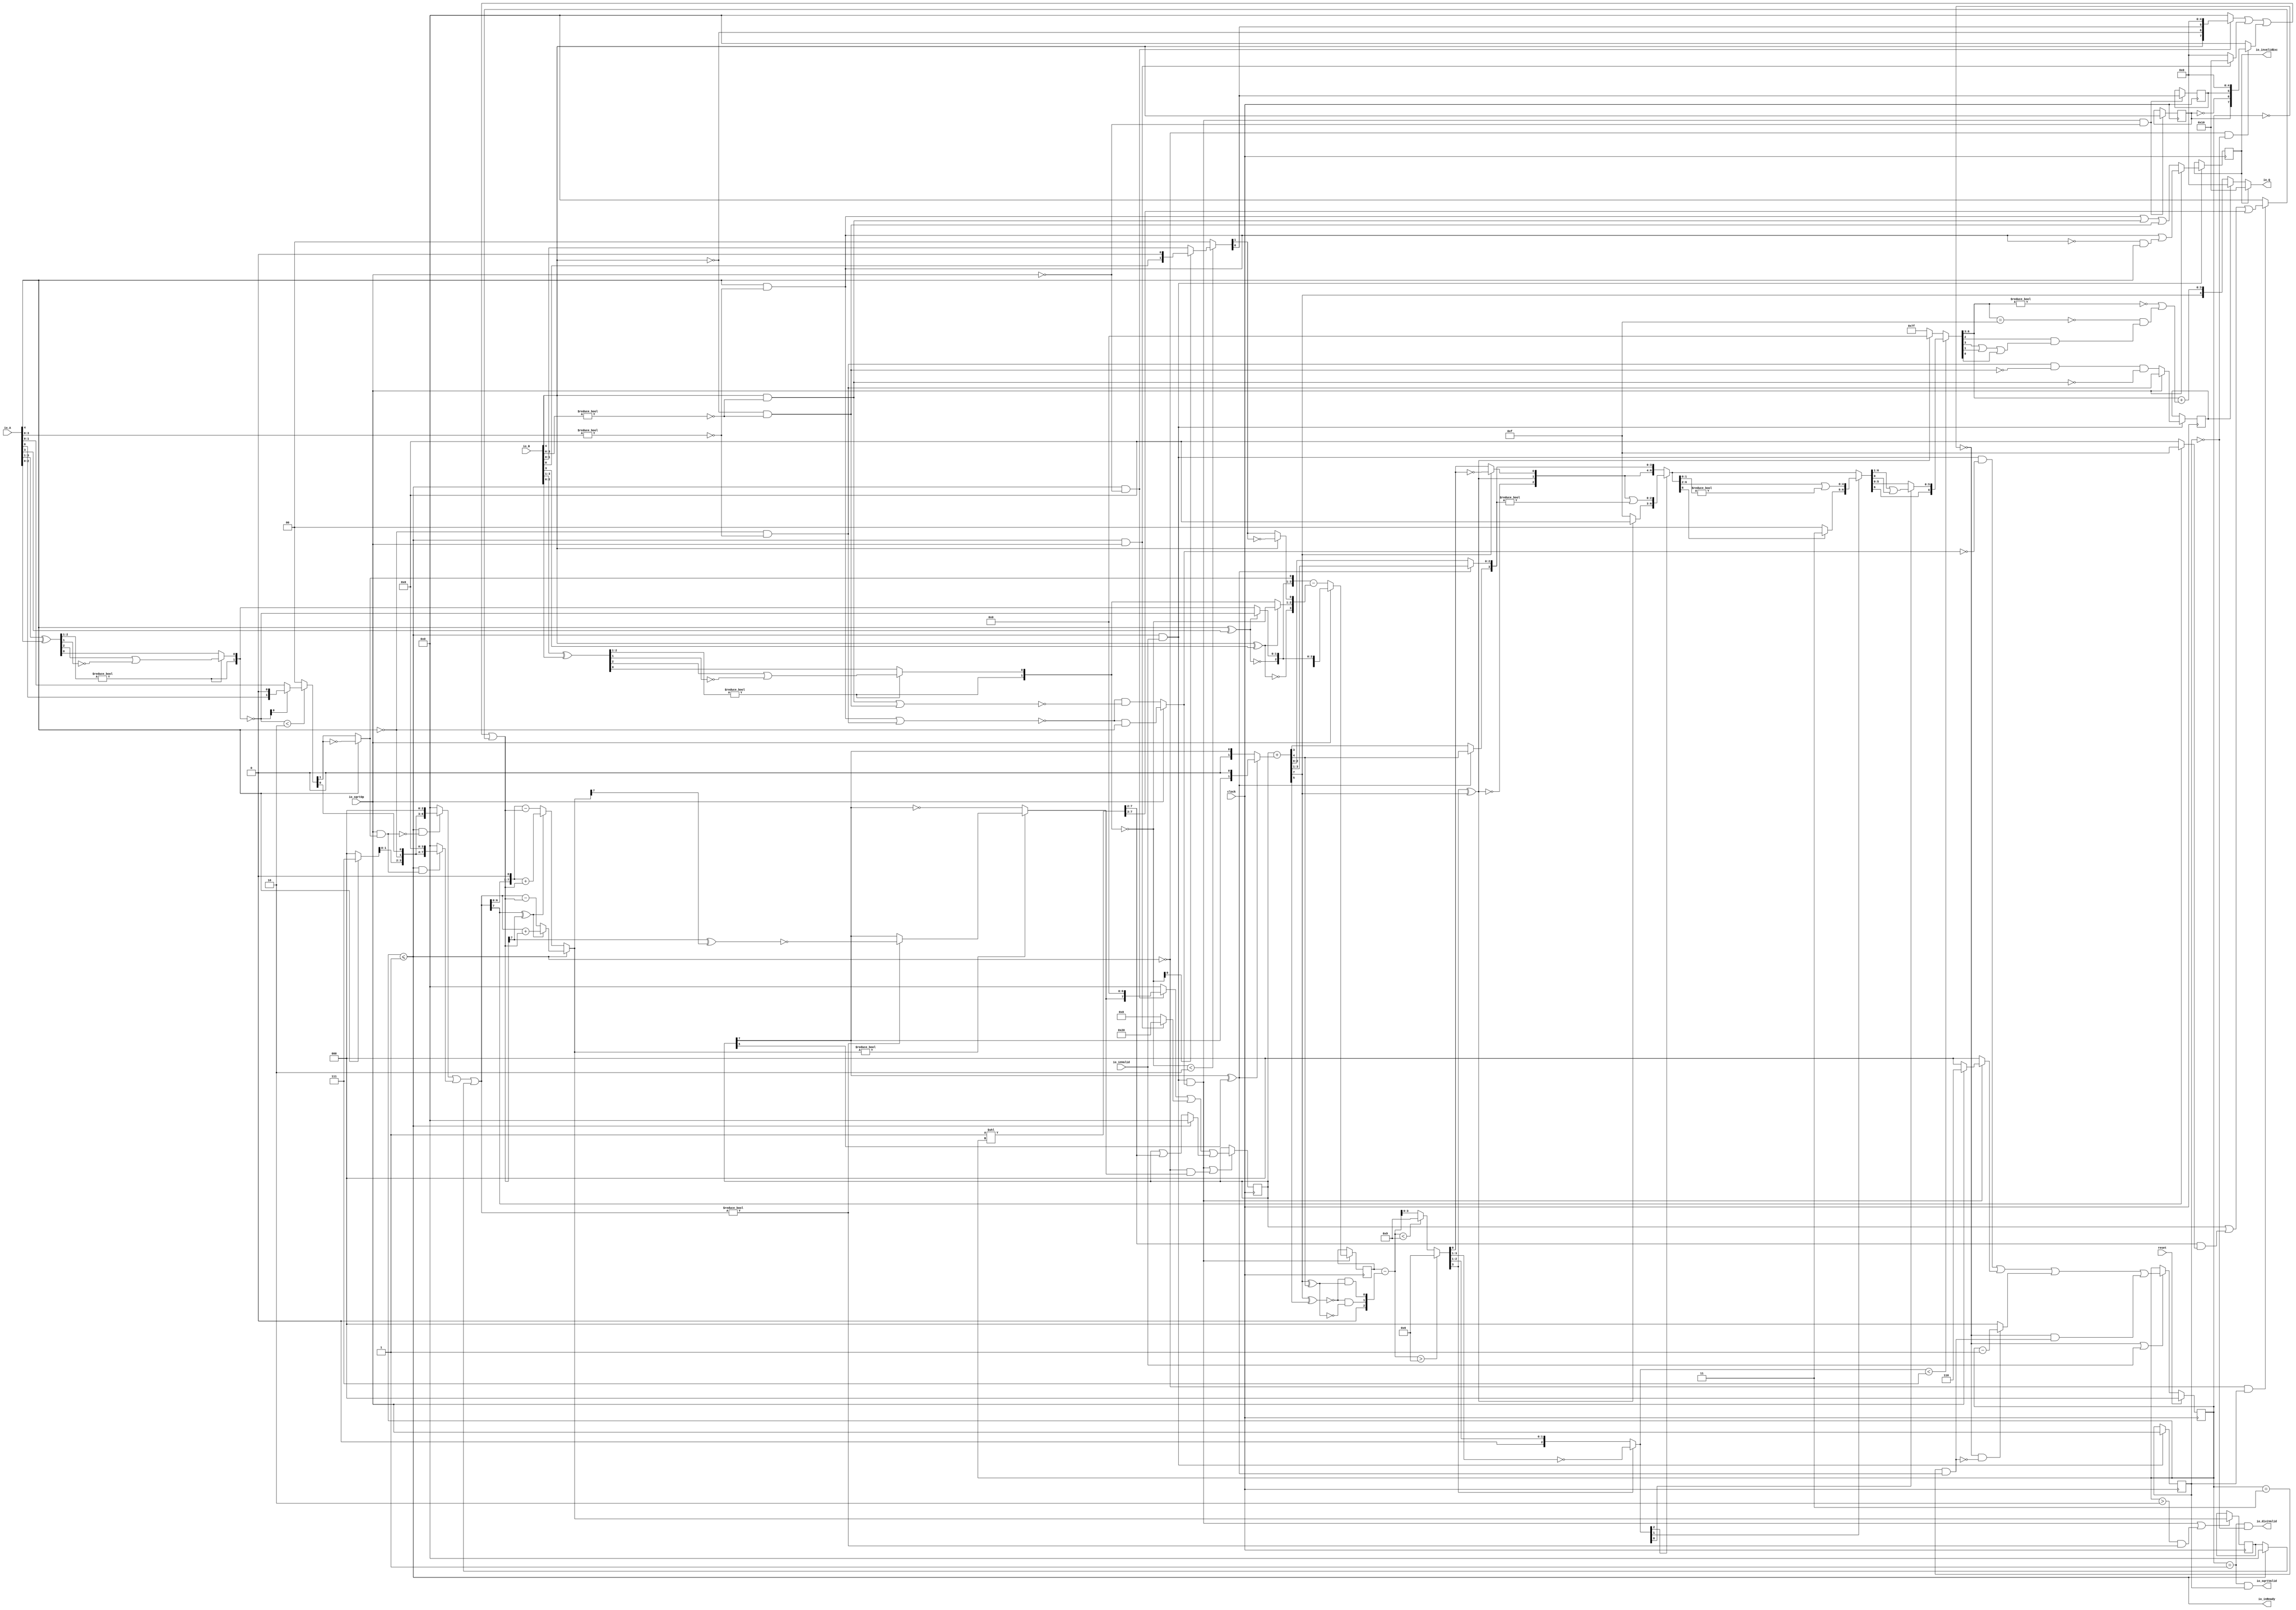
module PositDivSqrter5_1(
  input        clock,
  input        reset,
  output       io_inReady,
  input        io_inValid,
  input        io_sqrtOp,
  input  [4:0] io_A,
  input  [4:0] io_B,
  output       io_diviValid,
  output       io_sqrtValid,
  output       io_invalidExc,
  output [4:0] io_Q
);
  reg [2:0] cycleNum; // @[PositDivisionSqrt.scala 63:26]
  reg [31:0] _RAND_0;
  reg  sqrtOp_Z; // @[PositDivisionSqrt.scala 65:22]
  reg [31:0] _RAND_1;
  reg  isNaR_Z; // @[PositDivisionSqrt.scala 66:22]
  reg [31:0] _RAND_2;
  reg  isZero_Z; // @[PositDivisionSqrt.scala 67:22]
  reg [31:0] _RAND_3;
  reg [4:0] scale_Z; // @[PositDivisionSqrt.scala 68:22]
  reg [31:0] _RAND_4;
  reg  signB_Z; // @[PositDivisionSqrt.scala 69:28]
  reg [31:0] _RAND_5;
  reg  fractB_Z; // @[PositDivisionSqrt.scala 70:22]
  reg [31:0] _RAND_6;
  reg [7:0] rem_Z; // @[PositDivisionSqrt.scala 71:22]
  reg [31:0] _RAND_7;
  reg [7:0] sigX_Z; // @[PositDivisionSqrt.scala 72:22]
  reg [31:0] _RAND_8;
  wire  _T_1; // @[convert.scala 18:24]
  wire  _T_2; // @[convert.scala 18:40]
  wire  _T_3; // @[convert.scala 18:36]
  wire [2:0] _T_4; // @[convert.scala 19:24]
  wire [2:0] _T_5; // @[convert.scala 19:43]
  wire [2:0] _T_6; // @[convert.scala 19:39]
  wire [1:0] _T_7; // @[LZD.scala 43:32]
  wire  _T_8; // @[LZD.scala 39:14]
  wire  _T_9; // @[LZD.scala 39:21]
  wire  _T_10; // @[LZD.scala 39:30]
  wire  _T_11; // @[LZD.scala 39:27]
  wire  _T_12; // @[LZD.scala 39:25]
  wire [1:0] _T_13; // @[Cat.scala 29:58]
  wire  _T_14; // @[LZD.scala 44:32]
  wire  _T_16; // @[Shift.scala 12:21]
  wire  _T_18; // @[LZD.scala 55:32]
  wire  _T_19; // @[LZD.scala 55:20]
  wire [1:0] _T_20; // @[Cat.scala 29:58]
  wire [1:0] _T_21; // @[convert.scala 21:22]
  wire [1:0] _T_22; // @[convert.scala 22:36]
  wire  _T_23; // @[Shift.scala 16:24]
  wire  _T_24; // @[Shift.scala 17:37]
  wire  _T_26; // @[Shift.scala 64:52]
  wire [1:0] _T_27; // @[Cat.scala 29:58]
  wire [1:0] _T_28; // @[Shift.scala 64:27]
  wire [1:0] _T_29; // @[Shift.scala 16:10]
  wire  _T_30; // @[convert.scala 23:34]
  wire  decA_fraction; // @[convert.scala 24:34]
  wire  _T_32; // @[convert.scala 25:26]
  wire [1:0] _T_34; // @[convert.scala 25:42]
  wire  _T_37; // @[convert.scala 26:67]
  wire  _T_38; // @[convert.scala 26:51]
  wire [3:0] _T_39; // @[Cat.scala 29:58]
  wire [3:0] _T_41; // @[convert.scala 29:56]
  wire  _T_42; // @[convert.scala 29:60]
  wire  _T_43; // @[convert.scala 29:41]
  wire  decA_isNaR; // @[convert.scala 29:39]
  wire  _T_46; // @[convert.scala 30:19]
  wire  decA_isZero; // @[convert.scala 30:41]
  wire [3:0] decA_scale; // @[convert.scala 32:24]
  wire  _T_55; // @[convert.scala 18:24]
  wire  _T_56; // @[convert.scala 18:40]
  wire  _T_57; // @[convert.scala 18:36]
  wire [2:0] _T_58; // @[convert.scala 19:24]
  wire [2:0] _T_59; // @[convert.scala 19:43]
  wire [2:0] _T_60; // @[convert.scala 19:39]
  wire [1:0] _T_61; // @[LZD.scala 43:32]
  wire  _T_62; // @[LZD.scala 39:14]
  wire  _T_63; // @[LZD.scala 39:21]
  wire  _T_64; // @[LZD.scala 39:30]
  wire  _T_65; // @[LZD.scala 39:27]
  wire  _T_66; // @[LZD.scala 39:25]
  wire [1:0] _T_67; // @[Cat.scala 29:58]
  wire  _T_68; // @[LZD.scala 44:32]
  wire  _T_70; // @[Shift.scala 12:21]
  wire  _T_72; // @[LZD.scala 55:32]
  wire  _T_73; // @[LZD.scala 55:20]
  wire [1:0] _T_74; // @[Cat.scala 29:58]
  wire [1:0] _T_75; // @[convert.scala 21:22]
  wire [1:0] _T_76; // @[convert.scala 22:36]
  wire  _T_77; // @[Shift.scala 16:24]
  wire  _T_78; // @[Shift.scala 17:37]
  wire  _T_80; // @[Shift.scala 64:52]
  wire [1:0] _T_81; // @[Cat.scala 29:58]
  wire [1:0] _T_82; // @[Shift.scala 64:27]
  wire [1:0] _T_83; // @[Shift.scala 16:10]
  wire  _T_84; // @[convert.scala 23:34]
  wire  decB_fraction; // @[convert.scala 24:34]
  wire  _T_86; // @[convert.scala 25:26]
  wire [1:0] _T_88; // @[convert.scala 25:42]
  wire  _T_91; // @[convert.scala 26:67]
  wire  _T_92; // @[convert.scala 26:51]
  wire [3:0] _T_93; // @[Cat.scala 29:58]
  wire [3:0] _T_95; // @[convert.scala 29:56]
  wire  _T_96; // @[convert.scala 29:60]
  wire  _T_97; // @[convert.scala 29:41]
  wire  decB_isNaR; // @[convert.scala 29:39]
  wire  _T_100; // @[convert.scala 30:19]
  wire  decB_isZero; // @[convert.scala 30:41]
  wire [3:0] decB_scale; // @[convert.scala 32:24]
  wire [2:0] _T_109; // @[Bitwise.scala 71:12]
  wire  _T_110; // @[PositDivisionSqrt.scala 80:40]
  wire [7:0] sigA_S; // @[Cat.scala 29:58]
  wire  _T_113; // @[PositDivisionSqrt.scala 82:31]
  wire [7:0] sigB_S; // @[Cat.scala 29:58]
  wire  _T_116; // @[PositDivisionSqrt.scala 85:25]
  wire  invalidSqrt; // @[PositDivisionSqrt.scala 85:37]
  wire  _T_117; // @[PositDivisionSqrt.scala 88:42]
  wire  _T_118; // @[PositDivisionSqrt.scala 89:42]
  wire  _T_119; // @[PositDivisionSqrt.scala 89:56]
  wire  _T_120; // @[PositDivisionSqrt.scala 94:46]
  wire  _T_121; // @[PositDivisionSqrt.scala 94:43]
  wire  _T_122; // @[PositDivisionSqrt.scala 94:62]
  wire  _T_123; // @[PositDivisionSqrt.scala 94:59]
  wire  specialCaseA_S; // @[PositDivisionSqrt.scala 97:38]
  wire  specialCaseB_S; // @[PositDivisionSqrt.scala 98:38]
  wire  _T_124; // @[PositDivisionSqrt.scala 99:27]
  wire  _T_125; // @[PositDivisionSqrt.scala 99:46]
  wire  normalCase_S_div; // @[PositDivisionSqrt.scala 99:43]
  wire  normalCase_S_sqrt; // @[PositDivisionSqrt.scala 100:43]
  wire  normalCase_S; // @[PositDivisionSqrt.scala 101:30]
  wire [4:0] sExpQuot_S_div; // @[PositDivisionSqrt.scala 103:38]
  wire  _T_128; // @[PositDivisionSqrt.scala 104:50]
  wire  oddSqrt_S; // @[PositDivisionSqrt.scala 104:37]
  wire  idle; // @[PositDivisionSqrt.scala 109:39]
  wire  ready; // @[PositDivisionSqrt.scala 110:39]
  wire  entering; // @[PositDivisionSqrt.scala 111:35]
  wire  entering_normalCase; // @[PositDivisionSqrt.scala 112:38]
  wire  _T_129; // @[PositDivisionSqrt.scala 113:35]
  wire  _T_130; // @[PositDivisionSqrt.scala 113:58]
  wire  scaleNotChange; // @[PositDivisionSqrt.scala 113:50]
  wire  _T_131; // @[PositDivisionSqrt.scala 114:39]
  wire  skipCycle2; // @[PositDivisionSqrt.scala 114:48]
  wire  _T_132; // @[PositDivisionSqrt.scala 116:8]
  wire  _T_133; // @[PositDivisionSqrt.scala 116:14]
  wire  _T_134; // @[PositDivisionSqrt.scala 117:32]
  wire  _T_135; // @[PositDivisionSqrt.scala 117:30]
  wire [3:0] _T_137; // @[PositDivisionSqrt.scala 119:26]
  wire [3:0] _T_138; // @[PositDivisionSqrt.scala 118:20]
  wire [3:0] _GEN_9; // @[PositDivisionSqrt.scala 117:64]
  wire [3:0] _T_139; // @[PositDivisionSqrt.scala 117:64]
  wire  _T_141; // @[PositDivisionSqrt.scala 123:30]
  wire  _T_142; // @[PositDivisionSqrt.scala 123:27]
  wire [2:0] _T_144; // @[PositDivisionSqrt.scala 123:52]
  wire [2:0] _T_145; // @[PositDivisionSqrt.scala 123:20]
  wire [3:0] _GEN_10; // @[PositDivisionSqrt.scala 122:64]
  wire [3:0] _T_146; // @[PositDivisionSqrt.scala 122:64]
  wire  _T_148; // @[PositDivisionSqrt.scala 124:27]
  wire [3:0] _GEN_11; // @[PositDivisionSqrt.scala 123:64]
  wire [3:0] _T_150; // @[PositDivisionSqrt.scala 123:64]
  wire [3:0] _GEN_0; // @[PositDivisionSqrt.scala 116:29]
  wire [2:0] _T_151; // @[PositDivisionSqrt.scala 134:42]
  wire  _T_153; // @[PositDivisionSqrt.scala 137:31]
  wire  _T_154; // @[PositDivisionSqrt.scala 137:28]
  wire [7:0] _T_155; // @[PositDivisionSqrt.scala 146:22]
  wire [5:0] _T_156; // @[PositDivisionSqrt.scala 146:35]
  wire  _T_157; // @[PositDivisionSqrt.scala 148:26]
  wire  _T_158; // @[PositDivisionSqrt.scala 148:23]
  wire [7:0] _T_159; // @[PositDivisionSqrt.scala 148:16]
  wire  _T_160; // @[PositDivisionSqrt.scala 149:23]
  wire [8:0] _T_161; // @[PositDivisionSqrt.scala 149:46]
  wire [7:0] _T_162; // @[PositDivisionSqrt.scala 149:56]
  wire [7:0] _T_163; // @[PositDivisionSqrt.scala 149:16]
  wire [7:0] _T_164; // @[PositDivisionSqrt.scala 148:66]
  wire  _T_165; // @[PositDivisionSqrt.scala 150:17]
  wire [7:0] _T_166; // @[PositDivisionSqrt.scala 150:16]
  wire [7:0] rem; // @[PositDivisionSqrt.scala 149:66]
  wire  _T_168; // @[PositDivisionSqrt.scala 152:29]
  wire [7:0] _T_169; // @[PositDivisionSqrt.scala 152:22]
  wire  _T_170; // @[PositDivisionSqrt.scala 153:29]
  wire [4:0] _T_171; // @[PositDivisionSqrt.scala 153:22]
  wire [7:0] _GEN_12; // @[PositDivisionSqrt.scala 152:93]
  wire [7:0] _T_172; // @[PositDivisionSqrt.scala 152:93]
  wire  _T_174; // @[PositDivisionSqrt.scala 154:33]
  wire  _T_175; // @[PositDivisionSqrt.scala 154:30]
  wire  _T_176; // @[PositDivisionSqrt.scala 154:57]
  wire [7:0] _T_179; // @[Cat.scala 29:58]
  wire [7:0] _T_180; // @[PositDivisionSqrt.scala 154:22]
  wire [7:0] _T_181; // @[PositDivisionSqrt.scala 153:93]
  wire  _T_183; // @[PositDivisionSqrt.scala 155:30]
  wire  _T_184; // @[PositDivisionSqrt.scala 156:83]
  wire [3:0] _T_186; // @[Bitwise.scala 71:12]
  wire [6:0] bitMask; // @[PositDivisionSqrt.scala 145:21 PositDivisionSqrt.scala 146:14]
  wire [6:0] _GEN_13; // @[PositDivisionSqrt.scala 156:53]
  wire [6:0] _T_187; // @[PositDivisionSqrt.scala 156:53]
  wire [7:0] _GEN_14; // @[PositDivisionSqrt.scala 155:51]
  wire [7:0] _T_188; // @[PositDivisionSqrt.scala 155:51]
  wire [5:0] _T_189; // @[PositDivisionSqrt.scala 157:53]
  wire [7:0] _GEN_15; // @[PositDivisionSqrt.scala 156:89]
  wire [7:0] _T_190; // @[PositDivisionSqrt.scala 156:89]
  wire [7:0] _T_191; // @[PositDivisionSqrt.scala 155:22]
  wire [7:0] trialTerm; // @[PositDivisionSqrt.scala 154:93]
  wire  _T_193; // @[PositDivisionSqrt.scala 162:56]
  wire  _T_194; // @[PositDivisionSqrt.scala 162:40]
  wire [7:0] _T_197; // @[PositDivisionSqrt.scala 163:97]
  wire [7:0] _T_199; // @[PositDivisionSqrt.scala 164:97]
  wire [7:0] _T_200; // @[PositDivisionSqrt.scala 161:92]
  wire [8:0] _T_205; // @[PositDivisionSqrt.scala 168:98]
  wire [7:0] _T_206; // @[PositDivisionSqrt.scala 168:108]
  wire [7:0] _T_208; // @[PositDivisionSqrt.scala 168:112]
  wire [7:0] _T_212; // @[PositDivisionSqrt.scala 169:112]
  wire [7:0] _T_213; // @[PositDivisionSqrt.scala 166:26]
  wire [7:0] trialRem; // @[PositDivisionSqrt.scala 159:27]
  wire  _T_214; // @[PositDivisionSqrt.scala 173:35]
  wire  trIsZero; // @[PositDivisionSqrt.scala 173:25]
  wire  _T_215; // @[PositDivisionSqrt.scala 174:30]
  wire  remIsZero; // @[PositDivisionSqrt.scala 174:25]
  wire  _T_217; // @[PositDivisionSqrt.scala 176:64]
  wire  _T_218; // @[PositDivisionSqrt.scala 176:49]
  wire  _T_219; // @[PositDivisionSqrt.scala 176:29]
  wire  _T_220; // @[PositDivisionSqrt.scala 178:61]
  wire  _T_221; // @[PositDivisionSqrt.scala 178:49]
  wire  _T_223; // @[Mux.scala 87:16]
  wire  newBit; // @[Mux.scala 87:16]
  wire  _T_224; // @[PositDivisionSqrt.scala 183:41]
  wire  _T_225; // @[PositDivisionSqrt.scala 183:51]
  wire  _T_226; // @[PositDivisionSqrt.scala 183:48]
  wire  _T_227; // @[PositDivisionSqrt.scala 183:28]
  wire  _T_230; // @[PositDivisionSqrt.scala 187:39]
  wire  _T_231; // @[PositDivisionSqrt.scala 187:28]
  wire [7:0] _T_234; // @[PositDivisionSqrt.scala 188:47]
  wire [7:0] _T_235; // @[PositDivisionSqrt.scala 188:18]
  wire [5:0] _T_237; // @[PositDivisionSqrt.scala 189:18]
  wire [7:0] _GEN_16; // @[PositDivisionSqrt.scala 188:78]
  wire [7:0] _T_238; // @[PositDivisionSqrt.scala 188:78]
  wire [7:0] _GEN_17; // @[PositDivisionSqrt.scala 190:47]
  wire [7:0] _T_240; // @[PositDivisionSqrt.scala 190:47]
  wire [7:0] _T_241; // @[PositDivisionSqrt.scala 190:18]
  wire [7:0] _T_242; // @[PositDivisionSqrt.scala 189:78]
  wire [1:0] _T_244; // @[PositDivisionSqrt.scala 196:53]
  wire [1:0] sigXBias; // @[PositDivisionSqrt.scala 196:21]
  wire [7:0] _GEN_18; // @[PositDivisionSqrt.scala 197:25]
  wire [7:0] realSigX; // @[PositDivisionSqrt.scala 197:25]
  wire  _T_247; // @[PositDivisionSqrt.scala 200:97]
  wire  _T_248; // @[PositDivisionSqrt.scala 201:97]
  wire  realFrac; // @[PositDivisionSqrt.scala 198:21]
  wire  _T_249; // @[PositDivisionSqrt.scala 205:33]
  wire  _T_250; // @[PositDivisionSqrt.scala 205:58]
  wire  _T_251; // @[PositDivisionSqrt.scala 205:48]
  wire  scaleNeedSub; // @[PositDivisionSqrt.scala 205:23]
  wire  notNeedSubTwo; // @[PositDivisionSqrt.scala 206:46]
  wire  scaleSubOne; // @[PositDivisionSqrt.scala 207:36]
  wire  _T_254; // @[PositDivisionSqrt.scala 208:38]
  wire  scaleSubTwo; // @[PositDivisionSqrt.scala 208:36]
  wire [1:0] _T_255; // @[Cat.scala 29:58]
  wire [2:0] _T_256; // @[PositDivisionSqrt.scala 209:63]
  wire [4:0] _GEN_19; // @[PositDivisionSqrt.scala 209:31]
  wire [4:0] _T_258; // @[PositDivisionSqrt.scala 209:31]
  wire [4:0] realExp; // @[PositDivisionSqrt.scala 209:31]
  wire  underflow; // @[PositDivisionSqrt.scala 210:31]
  wire  overflow; // @[PositDivisionSqrt.scala 211:31]
  wire  decQ_sign; // @[PositDivisionSqrt.scala 215:33]
  wire [4:0] _T_260; // @[Mux.scala 87:16]
  wire [4:0] _T_261; // @[Mux.scala 87:16]
  wire [2:0] _T_262; // @[PositDivisionSqrt.scala 224:48]
  wire [2:0] _T_263; // @[PositDivisionSqrt.scala 224:64]
  wire [2:0] decQ_grs; // @[PositDivisionSqrt.scala 224:23]
  wire  outValid; // @[PositDivisionSqrt.scala 229:28]
  wire [3:0] _GEN_20; // @[PositDivisionSqrt.scala 204:27 PositDivisionSqrt.scala 216:23]
  wire [3:0] decQ_scale; // @[PositDivisionSqrt.scala 204:27 PositDivisionSqrt.scala 216:23]
  wire  _T_269; // @[convert.scala 46:61]
  wire  _T_270; // @[convert.scala 46:52]
  wire  _T_272; // @[convert.scala 46:42]
  wire [2:0] _T_273; // @[convert.scala 48:34]
  wire  _T_274; // @[convert.scala 49:36]
  wire [2:0] _T_276; // @[convert.scala 50:36]
  wire [2:0] _T_277; // @[convert.scala 50:36]
  wire [2:0] _T_278; // @[convert.scala 50:28]
  wire  _T_279; // @[convert.scala 51:31]
  wire  _T_280; // @[convert.scala 52:43]
  wire [6:0] _T_284; // @[Cat.scala 29:58]
  wire [2:0] _T_285; // @[Shift.scala 39:17]
  wire  _T_286; // @[Shift.scala 39:24]
  wire [2:0] _T_288; // @[Shift.scala 90:30]
  wire [3:0] _T_289; // @[Shift.scala 90:48]
  wire  _T_290; // @[Shift.scala 90:57]
  wire [2:0] _GEN_21; // @[Shift.scala 90:39]
  wire [2:0] _T_291; // @[Shift.scala 90:39]
  wire  _T_292; // @[Shift.scala 12:21]
  wire  _T_293; // @[Shift.scala 12:21]
  wire [3:0] _T_295; // @[Bitwise.scala 71:12]
  wire [6:0] _T_296; // @[Cat.scala 29:58]
  wire [6:0] _T_297; // @[Shift.scala 91:22]
  wire [1:0] _T_298; // @[Shift.scala 92:77]
  wire [4:0] _T_299; // @[Shift.scala 90:30]
  wire [1:0] _T_300; // @[Shift.scala 90:48]
  wire  _T_301; // @[Shift.scala 90:57]
  wire [4:0] _GEN_22; // @[Shift.scala 90:39]
  wire [4:0] _T_302; // @[Shift.scala 90:39]
  wire  _T_303; // @[Shift.scala 12:21]
  wire  _T_304; // @[Shift.scala 12:21]
  wire [1:0] _T_306; // @[Bitwise.scala 71:12]
  wire [6:0] _T_307; // @[Cat.scala 29:58]
  wire [6:0] _T_308; // @[Shift.scala 91:22]
  wire  _T_309; // @[Shift.scala 92:77]
  wire [5:0] _T_310; // @[Shift.scala 90:30]
  wire  _T_311; // @[Shift.scala 90:48]
  wire [5:0] _GEN_23; // @[Shift.scala 90:39]
  wire [5:0] _T_313; // @[Shift.scala 90:39]
  wire  _T_315; // @[Shift.scala 12:21]
  wire [6:0] _T_316; // @[Cat.scala 29:58]
  wire [6:0] _T_317; // @[Shift.scala 91:22]
  wire [6:0] _T_320; // @[Bitwise.scala 71:12]
  wire [6:0] _T_321; // @[Shift.scala 39:10]
  wire  _T_322; // @[convert.scala 55:31]
  wire  _T_323; // @[convert.scala 56:31]
  wire  _T_324; // @[convert.scala 57:31]
  wire  _T_325; // @[convert.scala 58:31]
  wire [3:0] _T_326; // @[convert.scala 59:69]
  wire  _T_327; // @[convert.scala 59:81]
  wire  _T_328; // @[convert.scala 59:50]
  wire  _T_330; // @[convert.scala 60:81]
  wire  _T_331; // @[convert.scala 61:44]
  wire  _T_332; // @[convert.scala 61:52]
  wire  _T_333; // @[convert.scala 61:36]
  wire  _T_334; // @[convert.scala 62:63]
  wire  _T_335; // @[convert.scala 62:103]
  wire  _T_336; // @[convert.scala 62:60]
  wire [3:0] _GEN_24; // @[convert.scala 63:56]
  wire [3:0] _T_339; // @[convert.scala 63:56]
  wire [4:0] _T_340; // @[Cat.scala 29:58]
  wire [4:0] _T_342; // @[Mux.scala 87:16]
  assign _T_1 = io_A[4]; // @[convert.scala 18:24]
  assign _T_2 = io_A[3]; // @[convert.scala 18:40]
  assign _T_3 = _T_1 ^ _T_2; // @[convert.scala 18:36]
  assign _T_4 = io_A[3:1]; // @[convert.scala 19:24]
  assign _T_5 = io_A[2:0]; // @[convert.scala 19:43]
  assign _T_6 = _T_4 ^ _T_5; // @[convert.scala 19:39]
  assign _T_7 = _T_6[2:1]; // @[LZD.scala 43:32]
  assign _T_8 = _T_7 != 2'h0; // @[LZD.scala 39:14]
  assign _T_9 = _T_7[1]; // @[LZD.scala 39:21]
  assign _T_10 = _T_7[0]; // @[LZD.scala 39:30]
  assign _T_11 = ~ _T_10; // @[LZD.scala 39:27]
  assign _T_12 = _T_9 | _T_11; // @[LZD.scala 39:25]
  assign _T_13 = {_T_8,_T_12}; // @[Cat.scala 29:58]
  assign _T_14 = _T_6[0:0]; // @[LZD.scala 44:32]
  assign _T_16 = _T_13[1]; // @[Shift.scala 12:21]
  assign _T_18 = _T_13[0:0]; // @[LZD.scala 55:32]
  assign _T_19 = _T_16 ? _T_18 : _T_14; // @[LZD.scala 55:20]
  assign _T_20 = {_T_16,_T_19}; // @[Cat.scala 29:58]
  assign _T_21 = ~ _T_20; // @[convert.scala 21:22]
  assign _T_22 = io_A[1:0]; // @[convert.scala 22:36]
  assign _T_23 = _T_21 < 2'h2; // @[Shift.scala 16:24]
  assign _T_24 = _T_21[0]; // @[Shift.scala 17:37]
  assign _T_26 = _T_22[0:0]; // @[Shift.scala 64:52]
  assign _T_27 = {_T_26,1'h0}; // @[Cat.scala 29:58]
  assign _T_28 = _T_24 ? _T_27 : _T_22; // @[Shift.scala 64:27]
  assign _T_29 = _T_23 ? _T_28 : 2'h0; // @[Shift.scala 16:10]
  assign _T_30 = _T_29[1:1]; // @[convert.scala 23:34]
  assign decA_fraction = _T_29[0:0]; // @[convert.scala 24:34]
  assign _T_32 = _T_3 == 1'h0; // @[convert.scala 25:26]
  assign _T_34 = _T_3 ? _T_21 : _T_20; // @[convert.scala 25:42]
  assign _T_37 = ~ _T_30; // @[convert.scala 26:67]
  assign _T_38 = _T_1 ? _T_37 : _T_30; // @[convert.scala 26:51]
  assign _T_39 = {_T_32,_T_34,_T_38}; // @[Cat.scala 29:58]
  assign _T_41 = io_A[3:0]; // @[convert.scala 29:56]
  assign _T_42 = _T_41 != 4'h0; // @[convert.scala 29:60]
  assign _T_43 = ~ _T_42; // @[convert.scala 29:41]
  assign decA_isNaR = _T_1 & _T_43; // @[convert.scala 29:39]
  assign _T_46 = _T_1 == 1'h0; // @[convert.scala 30:19]
  assign decA_isZero = _T_46 & _T_43; // @[convert.scala 30:41]
  assign decA_scale = $signed(_T_39); // @[convert.scala 32:24]
  assign _T_55 = io_B[4]; // @[convert.scala 18:24]
  assign _T_56 = io_B[3]; // @[convert.scala 18:40]
  assign _T_57 = _T_55 ^ _T_56; // @[convert.scala 18:36]
  assign _T_58 = io_B[3:1]; // @[convert.scala 19:24]
  assign _T_59 = io_B[2:0]; // @[convert.scala 19:43]
  assign _T_60 = _T_58 ^ _T_59; // @[convert.scala 19:39]
  assign _T_61 = _T_60[2:1]; // @[LZD.scala 43:32]
  assign _T_62 = _T_61 != 2'h0; // @[LZD.scala 39:14]
  assign _T_63 = _T_61[1]; // @[LZD.scala 39:21]
  assign _T_64 = _T_61[0]; // @[LZD.scala 39:30]
  assign _T_65 = ~ _T_64; // @[LZD.scala 39:27]
  assign _T_66 = _T_63 | _T_65; // @[LZD.scala 39:25]
  assign _T_67 = {_T_62,_T_66}; // @[Cat.scala 29:58]
  assign _T_68 = _T_60[0:0]; // @[LZD.scala 44:32]
  assign _T_70 = _T_67[1]; // @[Shift.scala 12:21]
  assign _T_72 = _T_67[0:0]; // @[LZD.scala 55:32]
  assign _T_73 = _T_70 ? _T_72 : _T_68; // @[LZD.scala 55:20]
  assign _T_74 = {_T_70,_T_73}; // @[Cat.scala 29:58]
  assign _T_75 = ~ _T_74; // @[convert.scala 21:22]
  assign _T_76 = io_B[1:0]; // @[convert.scala 22:36]
  assign _T_77 = _T_75 < 2'h2; // @[Shift.scala 16:24]
  assign _T_78 = _T_75[0]; // @[Shift.scala 17:37]
  assign _T_80 = _T_76[0:0]; // @[Shift.scala 64:52]
  assign _T_81 = {_T_80,1'h0}; // @[Cat.scala 29:58]
  assign _T_82 = _T_78 ? _T_81 : _T_76; // @[Shift.scala 64:27]
  assign _T_83 = _T_77 ? _T_82 : 2'h0; // @[Shift.scala 16:10]
  assign _T_84 = _T_83[1:1]; // @[convert.scala 23:34]
  assign decB_fraction = _T_83[0:0]; // @[convert.scala 24:34]
  assign _T_86 = _T_57 == 1'h0; // @[convert.scala 25:26]
  assign _T_88 = _T_57 ? _T_75 : _T_74; // @[convert.scala 25:42]
  assign _T_91 = ~ _T_84; // @[convert.scala 26:67]
  assign _T_92 = _T_55 ? _T_91 : _T_84; // @[convert.scala 26:51]
  assign _T_93 = {_T_86,_T_88,_T_92}; // @[Cat.scala 29:58]
  assign _T_95 = io_B[3:0]; // @[convert.scala 29:56]
  assign _T_96 = _T_95 != 4'h0; // @[convert.scala 29:60]
  assign _T_97 = ~ _T_96; // @[convert.scala 29:41]
  assign decB_isNaR = _T_55 & _T_97; // @[convert.scala 29:39]
  assign _T_100 = _T_55 == 1'h0; // @[convert.scala 30:19]
  assign decB_isZero = _T_100 & _T_97; // @[convert.scala 30:41]
  assign decB_scale = $signed(_T_93); // @[convert.scala 32:24]
  assign _T_109 = _T_1 ? 3'h7 : 3'h0; // @[Bitwise.scala 71:12]
  assign _T_110 = ~ _T_1; // @[PositDivisionSqrt.scala 80:40]
  assign sigA_S = {_T_109,_T_110,decA_fraction,3'h0}; // @[Cat.scala 29:58]
  assign _T_113 = ~ _T_55; // @[PositDivisionSqrt.scala 82:31]
  assign sigB_S = {_T_55,_T_113,decB_fraction,5'h0}; // @[Cat.scala 29:58]
  assign _T_116 = decA_isNaR == 1'h0; // @[PositDivisionSqrt.scala 85:25]
  assign invalidSqrt = _T_116 & _T_1; // @[PositDivisionSqrt.scala 85:37]
  assign _T_117 = decA_isNaR | invalidSqrt; // @[PositDivisionSqrt.scala 88:42]
  assign _T_118 = decA_isNaR | decB_isNaR; // @[PositDivisionSqrt.scala 89:42]
  assign _T_119 = _T_118 | decB_isZero; // @[PositDivisionSqrt.scala 89:56]
  assign _T_120 = decB_isZero == 1'h0; // @[PositDivisionSqrt.scala 94:46]
  assign _T_121 = decA_isZero & _T_120; // @[PositDivisionSqrt.scala 94:43]
  assign _T_122 = decB_isNaR == 1'h0; // @[PositDivisionSqrt.scala 94:62]
  assign _T_123 = _T_121 & _T_122; // @[PositDivisionSqrt.scala 94:59]
  assign specialCaseA_S = decA_isNaR | decA_isZero; // @[PositDivisionSqrt.scala 97:38]
  assign specialCaseB_S = decB_isNaR | decB_isZero; // @[PositDivisionSqrt.scala 98:38]
  assign _T_124 = specialCaseA_S == 1'h0; // @[PositDivisionSqrt.scala 99:27]
  assign _T_125 = specialCaseB_S == 1'h0; // @[PositDivisionSqrt.scala 99:46]
  assign normalCase_S_div = _T_124 & _T_125; // @[PositDivisionSqrt.scala 99:43]
  assign normalCase_S_sqrt = _T_124 & _T_46; // @[PositDivisionSqrt.scala 100:43]
  assign normalCase_S = io_sqrtOp ? normalCase_S_sqrt : normalCase_S_div; // @[PositDivisionSqrt.scala 101:30]
  assign sExpQuot_S_div = $signed(decA_scale) - $signed(decB_scale); // @[PositDivisionSqrt.scala 103:38]
  assign _T_128 = decA_scale[0]; // @[PositDivisionSqrt.scala 104:50]
  assign oddSqrt_S = io_sqrtOp & _T_128; // @[PositDivisionSqrt.scala 104:37]
  assign idle = cycleNum == 3'h0; // @[PositDivisionSqrt.scala 109:39]
  assign ready = cycleNum <= 3'h1; // @[PositDivisionSqrt.scala 110:39]
  assign entering = ready & io_inValid; // @[PositDivisionSqrt.scala 111:35]
  assign entering_normalCase = entering & normalCase_S; // @[PositDivisionSqrt.scala 112:38]
  assign _T_129 = sigX_Z[7]; // @[PositDivisionSqrt.scala 113:35]
  assign _T_130 = sigX_Z[5]; // @[PositDivisionSqrt.scala 113:58]
  assign scaleNotChange = _T_129 ^ _T_130; // @[PositDivisionSqrt.scala 113:50]
  assign _T_131 = cycleNum == 3'h3; // @[PositDivisionSqrt.scala 114:39]
  assign skipCycle2 = _T_131 & scaleNotChange; // @[PositDivisionSqrt.scala 114:48]
  assign _T_132 = idle == 1'h0; // @[PositDivisionSqrt.scala 116:8]
  assign _T_133 = _T_132 | io_inValid; // @[PositDivisionSqrt.scala 116:14]
  assign _T_134 = normalCase_S == 1'h0; // @[PositDivisionSqrt.scala 117:32]
  assign _T_135 = entering & _T_134; // @[PositDivisionSqrt.scala 117:30]
  assign _T_137 = io_sqrtOp ? 4'h6 : 4'h8; // @[PositDivisionSqrt.scala 119:26]
  assign _T_138 = entering_normalCase ? _T_137 : 4'h0; // @[PositDivisionSqrt.scala 118:20]
  assign _GEN_9 = {{3'd0}, _T_135}; // @[PositDivisionSqrt.scala 117:64]
  assign _T_139 = _GEN_9 | _T_138; // @[PositDivisionSqrt.scala 117:64]
  assign _T_141 = skipCycle2 == 1'h0; // @[PositDivisionSqrt.scala 123:30]
  assign _T_142 = _T_132 & _T_141; // @[PositDivisionSqrt.scala 123:27]
  assign _T_144 = cycleNum - 3'h1; // @[PositDivisionSqrt.scala 123:52]
  assign _T_145 = _T_142 ? _T_144 : 3'h0; // @[PositDivisionSqrt.scala 123:20]
  assign _GEN_10 = {{1'd0}, _T_145}; // @[PositDivisionSqrt.scala 122:64]
  assign _T_146 = _T_139 | _GEN_10; // @[PositDivisionSqrt.scala 122:64]
  assign _T_148 = _T_132 & skipCycle2; // @[PositDivisionSqrt.scala 124:27]
  assign _GEN_11 = {{3'd0}, _T_148}; // @[PositDivisionSqrt.scala 123:64]
  assign _T_150 = _T_146 | _GEN_11; // @[PositDivisionSqrt.scala 123:64]
  assign _GEN_0 = _T_133 ? _T_150 : {{1'd0}, cycleNum}; // @[PositDivisionSqrt.scala 116:29]
  assign _T_151 = decA_scale[3:1]; // @[PositDivisionSqrt.scala 134:42]
  assign _T_153 = io_sqrtOp == 1'h0; // @[PositDivisionSqrt.scala 137:31]
  assign _T_154 = entering_normalCase & _T_153; // @[PositDivisionSqrt.scala 137:28]
  assign _T_155 = 8'h1 << cycleNum; // @[PositDivisionSqrt.scala 146:22]
  assign _T_156 = _T_155[7:2]; // @[PositDivisionSqrt.scala 146:35]
  assign _T_157 = oddSqrt_S == 1'h0; // @[PositDivisionSqrt.scala 148:26]
  assign _T_158 = ready & _T_157; // @[PositDivisionSqrt.scala 148:23]
  assign _T_159 = _T_158 ? sigA_S : 8'h0; // @[PositDivisionSqrt.scala 148:16]
  assign _T_160 = ready & oddSqrt_S; // @[PositDivisionSqrt.scala 149:23]
  assign _T_161 = {sigA_S, 1'h0}; // @[PositDivisionSqrt.scala 149:46]
  assign _T_162 = _T_161[7:0]; // @[PositDivisionSqrt.scala 149:56]
  assign _T_163 = _T_160 ? _T_162 : 8'h0; // @[PositDivisionSqrt.scala 149:16]
  assign _T_164 = _T_159 | _T_163; // @[PositDivisionSqrt.scala 148:66]
  assign _T_165 = ready == 1'h0; // @[PositDivisionSqrt.scala 150:17]
  assign _T_166 = _T_165 ? rem_Z : 8'h0; // @[PositDivisionSqrt.scala 150:16]
  assign rem = _T_164 | _T_166; // @[PositDivisionSqrt.scala 149:66]
  assign _T_168 = ready & _T_153; // @[PositDivisionSqrt.scala 152:29]
  assign _T_169 = _T_168 ? sigB_S : 8'h0; // @[PositDivisionSqrt.scala 152:22]
  assign _T_170 = ready & io_sqrtOp; // @[PositDivisionSqrt.scala 153:29]
  assign _T_171 = _T_170 ? 5'h10 : 5'h0; // @[PositDivisionSqrt.scala 153:22]
  assign _GEN_12 = {{3'd0}, _T_171}; // @[PositDivisionSqrt.scala 152:93]
  assign _T_172 = _T_169 | _GEN_12; // @[PositDivisionSqrt.scala 152:93]
  assign _T_174 = sqrtOp_Z == 1'h0; // @[PositDivisionSqrt.scala 154:33]
  assign _T_175 = _T_165 & _T_174; // @[PositDivisionSqrt.scala 154:30]
  assign _T_176 = ~ signB_Z; // @[PositDivisionSqrt.scala 154:57]
  assign _T_179 = {signB_Z,_T_176,fractB_Z,5'h0}; // @[Cat.scala 29:58]
  assign _T_180 = _T_175 ? _T_179 : 8'h0; // @[PositDivisionSqrt.scala 154:22]
  assign _T_181 = _T_172 | _T_180; // @[PositDivisionSqrt.scala 153:93]
  assign _T_183 = _T_165 & sqrtOp_Z; // @[PositDivisionSqrt.scala 155:30]
  assign _T_184 = rem[7:7]; // @[PositDivisionSqrt.scala 156:83]
  assign _T_186 = _T_184 ? 4'hf : 4'h0; // @[Bitwise.scala 71:12]
  assign bitMask = {{1'd0}, _T_156}; // @[PositDivisionSqrt.scala 145:21 PositDivisionSqrt.scala 146:14]
  assign _GEN_13 = {{3'd0}, _T_186}; // @[PositDivisionSqrt.scala 156:53]
  assign _T_187 = bitMask & _GEN_13; // @[PositDivisionSqrt.scala 156:53]
  assign _GEN_14 = {{1'd0}, _T_187}; // @[PositDivisionSqrt.scala 155:51]
  assign _T_188 = sigX_Z | _GEN_14; // @[PositDivisionSqrt.scala 155:51]
  assign _T_189 = bitMask[6:1]; // @[PositDivisionSqrt.scala 157:53]
  assign _GEN_15 = {{2'd0}, _T_189}; // @[PositDivisionSqrt.scala 156:89]
  assign _T_190 = _T_188 | _GEN_15; // @[PositDivisionSqrt.scala 156:89]
  assign _T_191 = _T_183 ? _T_190 : 8'h0; // @[PositDivisionSqrt.scala 155:22]
  assign trialTerm = _T_181 | _T_191; // @[PositDivisionSqrt.scala 154:93]
  assign _T_193 = trialTerm[7:7]; // @[PositDivisionSqrt.scala 162:56]
  assign _T_194 = _T_184 ^ _T_193; // @[PositDivisionSqrt.scala 162:40]
  assign _T_197 = rem + trialTerm; // @[PositDivisionSqrt.scala 163:97]
  assign _T_199 = rem - trialTerm; // @[PositDivisionSqrt.scala 164:97]
  assign _T_200 = _T_194 ? _T_197 : _T_199; // @[PositDivisionSqrt.scala 161:92]
  assign _T_205 = {rem, 1'h0}; // @[PositDivisionSqrt.scala 168:98]
  assign _T_206 = _T_205[7:0]; // @[PositDivisionSqrt.scala 168:108]
  assign _T_208 = _T_206 + trialTerm; // @[PositDivisionSqrt.scala 168:112]
  assign _T_212 = _T_206 - trialTerm; // @[PositDivisionSqrt.scala 169:112]
  assign _T_213 = _T_194 ? _T_208 : _T_212; // @[PositDivisionSqrt.scala 166:26]
  assign trialRem = ready ? _T_200 : _T_213; // @[PositDivisionSqrt.scala 159:27]
  assign _T_214 = trialRem != 8'h0; // @[PositDivisionSqrt.scala 173:35]
  assign trIsZero = _T_214 == 1'h0; // @[PositDivisionSqrt.scala 173:25]
  assign _T_215 = rem != 8'h0; // @[PositDivisionSqrt.scala 174:30]
  assign remIsZero = _T_215 == 1'h0; // @[PositDivisionSqrt.scala 174:25]
  assign _T_217 = trialRem[7:7]; // @[PositDivisionSqrt.scala 176:64]
  assign _T_218 = _T_193 ^ _T_217; // @[PositDivisionSqrt.scala 176:49]
  assign _T_219 = ~ _T_218; // @[PositDivisionSqrt.scala 176:29]
  assign _T_220 = sigX_Z[7:7]; // @[PositDivisionSqrt.scala 178:61]
  assign _T_221 = ~ _T_220; // @[PositDivisionSqrt.scala 178:49]
  assign _T_223 = remIsZero ? _T_220 : _T_219; // @[Mux.scala 87:16]
  assign newBit = trIsZero ? _T_221 : _T_223; // @[Mux.scala 87:16]
  assign _T_224 = cycleNum > 3'h2; // @[PositDivisionSqrt.scala 183:41]
  assign _T_225 = remIsZero == 1'h0; // @[PositDivisionSqrt.scala 183:51]
  assign _T_226 = _T_224 & _T_225; // @[PositDivisionSqrt.scala 183:48]
  assign _T_227 = entering_normalCase | _T_226; // @[PositDivisionSqrt.scala 183:28]
  assign _T_230 = _T_165 & newBit; // @[PositDivisionSqrt.scala 187:39]
  assign _T_231 = entering_normalCase | _T_230; // @[PositDivisionSqrt.scala 187:28]
  assign _T_234 = {newBit, 7'h0}; // @[PositDivisionSqrt.scala 188:47]
  assign _T_235 = _T_168 ? _T_234 : 8'h0; // @[PositDivisionSqrt.scala 188:18]
  assign _T_237 = _T_170 ? 6'h20 : 6'h0; // @[PositDivisionSqrt.scala 189:18]
  assign _GEN_16 = {{2'd0}, _T_237}; // @[PositDivisionSqrt.scala 188:78]
  assign _T_238 = _T_235 | _GEN_16; // @[PositDivisionSqrt.scala 188:78]
  assign _GEN_17 = {{1'd0}, bitMask}; // @[PositDivisionSqrt.scala 190:47]
  assign _T_240 = sigX_Z | _GEN_17; // @[PositDivisionSqrt.scala 190:47]
  assign _T_241 = _T_165 ? _T_240 : 8'h0; // @[PositDivisionSqrt.scala 190:18]
  assign _T_242 = _T_238 | _T_241; // @[PositDivisionSqrt.scala 189:78]
  assign _T_244 = {_T_220, 1'h0}; // @[PositDivisionSqrt.scala 196:53]
  assign sigXBias = scaleNotChange ? _T_244 : {{1'd0}, _T_220}; // @[PositDivisionSqrt.scala 196:21]
  assign _GEN_18 = {{6'd0}, sigXBias}; // @[PositDivisionSqrt.scala 197:25]
  assign realSigX = sigX_Z + _GEN_18; // @[PositDivisionSqrt.scala 197:25]
  assign _T_247 = realSigX[4]; // @[PositDivisionSqrt.scala 200:97]
  assign _T_248 = realSigX[3]; // @[PositDivisionSqrt.scala 201:97]
  assign realFrac = scaleNotChange ? _T_247 : _T_248; // @[PositDivisionSqrt.scala 198:21]
  assign _T_249 = realSigX[7]; // @[PositDivisionSqrt.scala 205:33]
  assign _T_250 = realSigX[5]; // @[PositDivisionSqrt.scala 205:58]
  assign _T_251 = _T_249 ^ _T_250; // @[PositDivisionSqrt.scala 205:48]
  assign scaleNeedSub = ~ _T_251; // @[PositDivisionSqrt.scala 205:23]
  assign notNeedSubTwo = _T_249 ^ _T_247; // @[PositDivisionSqrt.scala 206:46]
  assign scaleSubOne = scaleNeedSub & notNeedSubTwo; // @[PositDivisionSqrt.scala 207:36]
  assign _T_254 = ~ notNeedSubTwo; // @[PositDivisionSqrt.scala 208:38]
  assign scaleSubTwo = scaleNeedSub & _T_254; // @[PositDivisionSqrt.scala 208:36]
  assign _T_255 = {scaleSubTwo,scaleSubOne}; // @[Cat.scala 29:58]
  assign _T_256 = {1'b0,$signed(_T_255)}; // @[PositDivisionSqrt.scala 209:63]
  assign _GEN_19 = {{2{_T_256[2]}},_T_256}; // @[PositDivisionSqrt.scala 209:31]
  assign _T_258 = $signed(scale_Z) - $signed(_GEN_19); // @[PositDivisionSqrt.scala 209:31]
  assign realExp = $signed(_T_258); // @[PositDivisionSqrt.scala 209:31]
  assign underflow = $signed(realExp) < $signed(-5'sh7); // @[PositDivisionSqrt.scala 210:31]
  assign overflow = $signed(realExp) > $signed(5'sh6); // @[PositDivisionSqrt.scala 211:31]
  assign decQ_sign = realSigX[7:7]; // @[PositDivisionSqrt.scala 215:33]
  assign _T_260 = underflow ? $signed(-5'sh7) : $signed(realExp); // @[Mux.scala 87:16]
  assign _T_261 = overflow ? $signed(5'sh6) : $signed(_T_260); // @[Mux.scala 87:16]
  assign _T_262 = realSigX[3:1]; // @[PositDivisionSqrt.scala 224:48]
  assign _T_263 = realSigX[2:0]; // @[PositDivisionSqrt.scala 224:64]
  assign decQ_grs = scaleNotChange ? _T_262 : _T_263; // @[PositDivisionSqrt.scala 224:23]
  assign outValid = cycleNum == 3'h1; // @[PositDivisionSqrt.scala 229:28]
  assign _GEN_20 = _T_261[3:0]; // @[PositDivisionSqrt.scala 204:27 PositDivisionSqrt.scala 216:23]
  assign decQ_scale = $signed(_GEN_20); // @[PositDivisionSqrt.scala 204:27 PositDivisionSqrt.scala 216:23]
  assign _T_269 = decQ_scale[0]; // @[convert.scala 46:61]
  assign _T_270 = ~ _T_269; // @[convert.scala 46:52]
  assign _T_272 = decQ_sign ? _T_270 : _T_269; // @[convert.scala 46:42]
  assign _T_273 = decQ_scale[3:1]; // @[convert.scala 48:34]
  assign _T_274 = _T_273[2:2]; // @[convert.scala 49:36]
  assign _T_276 = ~ _T_273; // @[convert.scala 50:36]
  assign _T_277 = $signed(_T_276); // @[convert.scala 50:36]
  assign _T_278 = _T_274 ? $signed(_T_277) : $signed(_T_273); // @[convert.scala 50:28]
  assign _T_279 = _T_274 ^ decQ_sign; // @[convert.scala 51:31]
  assign _T_280 = ~ _T_279; // @[convert.scala 52:43]
  assign _T_284 = {_T_280,_T_279,_T_272,realFrac,decQ_grs}; // @[Cat.scala 29:58]
  assign _T_285 = $unsigned(_T_278); // @[Shift.scala 39:17]
  assign _T_286 = _T_285 < 3'h7; // @[Shift.scala 39:24]
  assign _T_288 = _T_284[6:4]; // @[Shift.scala 90:30]
  assign _T_289 = _T_284[3:0]; // @[Shift.scala 90:48]
  assign _T_290 = _T_289 != 4'h0; // @[Shift.scala 90:57]
  assign _GEN_21 = {{2'd0}, _T_290}; // @[Shift.scala 90:39]
  assign _T_291 = _T_288 | _GEN_21; // @[Shift.scala 90:39]
  assign _T_292 = _T_285[2]; // @[Shift.scala 12:21]
  assign _T_293 = _T_284[6]; // @[Shift.scala 12:21]
  assign _T_295 = _T_293 ? 4'hf : 4'h0; // @[Bitwise.scala 71:12]
  assign _T_296 = {_T_295,_T_291}; // @[Cat.scala 29:58]
  assign _T_297 = _T_292 ? _T_296 : _T_284; // @[Shift.scala 91:22]
  assign _T_298 = _T_285[1:0]; // @[Shift.scala 92:77]
  assign _T_299 = _T_297[6:2]; // @[Shift.scala 90:30]
  assign _T_300 = _T_297[1:0]; // @[Shift.scala 90:48]
  assign _T_301 = _T_300 != 2'h0; // @[Shift.scala 90:57]
  assign _GEN_22 = {{4'd0}, _T_301}; // @[Shift.scala 90:39]
  assign _T_302 = _T_299 | _GEN_22; // @[Shift.scala 90:39]
  assign _T_303 = _T_298[1]; // @[Shift.scala 12:21]
  assign _T_304 = _T_297[6]; // @[Shift.scala 12:21]
  assign _T_306 = _T_304 ? 2'h3 : 2'h0; // @[Bitwise.scala 71:12]
  assign _T_307 = {_T_306,_T_302}; // @[Cat.scala 29:58]
  assign _T_308 = _T_303 ? _T_307 : _T_297; // @[Shift.scala 91:22]
  assign _T_309 = _T_298[0:0]; // @[Shift.scala 92:77]
  assign _T_310 = _T_308[6:1]; // @[Shift.scala 90:30]
  assign _T_311 = _T_308[0:0]; // @[Shift.scala 90:48]
  assign _GEN_23 = {{5'd0}, _T_311}; // @[Shift.scala 90:39]
  assign _T_313 = _T_310 | _GEN_23; // @[Shift.scala 90:39]
  assign _T_315 = _T_308[6]; // @[Shift.scala 12:21]
  assign _T_316 = {_T_315,_T_313}; // @[Cat.scala 29:58]
  assign _T_317 = _T_309 ? _T_316 : _T_308; // @[Shift.scala 91:22]
  assign _T_320 = _T_293 ? 7'h7f : 7'h0; // @[Bitwise.scala 71:12]
  assign _T_321 = _T_286 ? _T_317 : _T_320; // @[Shift.scala 39:10]
  assign _T_322 = _T_321[3]; // @[convert.scala 55:31]
  assign _T_323 = _T_321[2]; // @[convert.scala 56:31]
  assign _T_324 = _T_321[1]; // @[convert.scala 57:31]
  assign _T_325 = _T_321[0]; // @[convert.scala 58:31]
  assign _T_326 = _T_321[6:3]; // @[convert.scala 59:69]
  assign _T_327 = _T_326 != 4'h0; // @[convert.scala 59:81]
  assign _T_328 = ~ _T_327; // @[convert.scala 59:50]
  assign _T_330 = _T_326 == 4'hf; // @[convert.scala 60:81]
  assign _T_331 = _T_322 | _T_324; // @[convert.scala 61:44]
  assign _T_332 = _T_331 | _T_325; // @[convert.scala 61:52]
  assign _T_333 = _T_323 & _T_332; // @[convert.scala 61:36]
  assign _T_334 = ~ _T_330; // @[convert.scala 62:63]
  assign _T_335 = _T_334 & _T_333; // @[convert.scala 62:103]
  assign _T_336 = _T_328 | _T_335; // @[convert.scala 62:60]
  assign _GEN_24 = {{3'd0}, _T_336}; // @[convert.scala 63:56]
  assign _T_339 = _T_326 + _GEN_24; // @[convert.scala 63:56]
  assign _T_340 = {decQ_sign,_T_339}; // @[Cat.scala 29:58]
  assign _T_342 = isZero_Z ? 5'h0 : _T_340; // @[Mux.scala 87:16]
  assign io_inReady = cycleNum <= 3'h1; // @[PositDivisionSqrt.scala 231:17]
  assign io_diviValid = outValid & _T_174; // @[PositDivisionSqrt.scala 232:17]
  assign io_sqrtValid = outValid & sqrtOp_Z; // @[PositDivisionSqrt.scala 233:17]
  assign io_invalidExc = isNaR_Z; // @[PositDivisionSqrt.scala 234:17]
  assign io_Q = isNaR_Z ? 5'h10 : _T_342; // @[PositDivisionSqrt.scala 235:17]
`ifdef RANDOMIZE_GARBAGE_ASSIGN
`define RANDOMIZE
`endif
`ifdef RANDOMIZE_INVALID_ASSIGN
`define RANDOMIZE
`endif
`ifdef RANDOMIZE_REG_INIT
`define RANDOMIZE
`endif
`ifdef RANDOMIZE_MEM_INIT
`define RANDOMIZE
`endif
`ifndef RANDOM
`define RANDOM $random
`endif
`ifdef RANDOMIZE_MEM_INIT
  integer initvar;
`endif
initial begin
  `ifdef RANDOMIZE
    `ifdef INIT_RANDOM
      `INIT_RANDOM
    `endif
    `ifndef VERILATOR
      `ifdef RANDOMIZE_DELAY
        #`RANDOMIZE_DELAY begin end
      `else
        #0.002 begin end
      `endif
    `endif
  `ifdef RANDOMIZE_REG_INIT
  _RAND_0 = {1{`RANDOM}};
  cycleNum = _RAND_0[2:0];
  `endif // RANDOMIZE_REG_INIT
  `ifdef RANDOMIZE_REG_INIT
  _RAND_1 = {1{`RANDOM}};
  sqrtOp_Z = _RAND_1[0:0];
  `endif // RANDOMIZE_REG_INIT
  `ifdef RANDOMIZE_REG_INIT
  _RAND_2 = {1{`RANDOM}};
  isNaR_Z = _RAND_2[0:0];
  `endif // RANDOMIZE_REG_INIT
  `ifdef RANDOMIZE_REG_INIT
  _RAND_3 = {1{`RANDOM}};
  isZero_Z = _RAND_3[0:0];
  `endif // RANDOMIZE_REG_INIT
  `ifdef RANDOMIZE_REG_INIT
  _RAND_4 = {1{`RANDOM}};
  scale_Z = _RAND_4[4:0];
  `endif // RANDOMIZE_REG_INIT
  `ifdef RANDOMIZE_REG_INIT
  _RAND_5 = {1{`RANDOM}};
  signB_Z = _RAND_5[0:0];
  `endif // RANDOMIZE_REG_INIT
  `ifdef RANDOMIZE_REG_INIT
  _RAND_6 = {1{`RANDOM}};
  fractB_Z = _RAND_6[0:0];
  `endif // RANDOMIZE_REG_INIT
  `ifdef RANDOMIZE_REG_INIT
  _RAND_7 = {1{`RANDOM}};
  rem_Z = _RAND_7[7:0];
  `endif // RANDOMIZE_REG_INIT
  `ifdef RANDOMIZE_REG_INIT
  _RAND_8 = {1{`RANDOM}};
  sigX_Z = _RAND_8[7:0];
  `endif // RANDOMIZE_REG_INIT
  `endif // RANDOMIZE
end
  always @(posedge clock) begin
    if (reset) begin
      cycleNum <= 3'h0;
    end else begin
      cycleNum <= _GEN_0[2:0];
    end
    if (entering) begin
      sqrtOp_Z <= io_sqrtOp;
    end
    if (entering) begin
      if (io_sqrtOp) begin
        isNaR_Z <= _T_117;
      end else begin
        isNaR_Z <= _T_119;
      end
    end
    if (entering) begin
      if (io_sqrtOp) begin
        isZero_Z <= decA_isZero;
      end else begin
        isZero_Z <= _T_123;
      end
    end
    if (entering_normalCase) begin
      if (io_sqrtOp) begin
        scale_Z <= {{2{_T_151[2]}},_T_151};
      end else begin
        scale_Z <= sExpQuot_S_div;
      end
    end
    if (_T_154) begin
      signB_Z <= _T_55;
    end
    if (_T_154) begin
      fractB_Z <= decB_fraction;
    end
    if (_T_227) begin
      if (ready) begin
        if (_T_194) begin
          rem_Z <= _T_197;
        end else begin
          rem_Z <= _T_199;
        end
      end else begin
        if (_T_194) begin
          rem_Z <= _T_208;
        end else begin
          rem_Z <= _T_212;
        end
      end
    end
    if (_T_231) begin
      sigX_Z <= _T_242;
    end
  end
endmodule